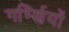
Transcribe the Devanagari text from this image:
गर्भ्णियों